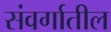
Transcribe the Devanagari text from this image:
संवर्गातील